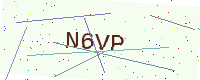
Text: N6VP